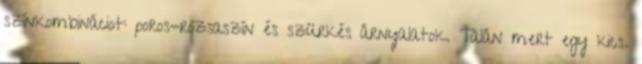
színkombináciot: poros-rózsaszín és szürkés árnyalatok. Talán mert egy kics.